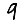
Digit: 9